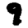
Digit: 9